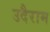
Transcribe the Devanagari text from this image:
उदैराम